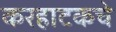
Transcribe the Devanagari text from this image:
करहाटकचे